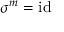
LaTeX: \sigma ^ { m } = \mathrm { i d }